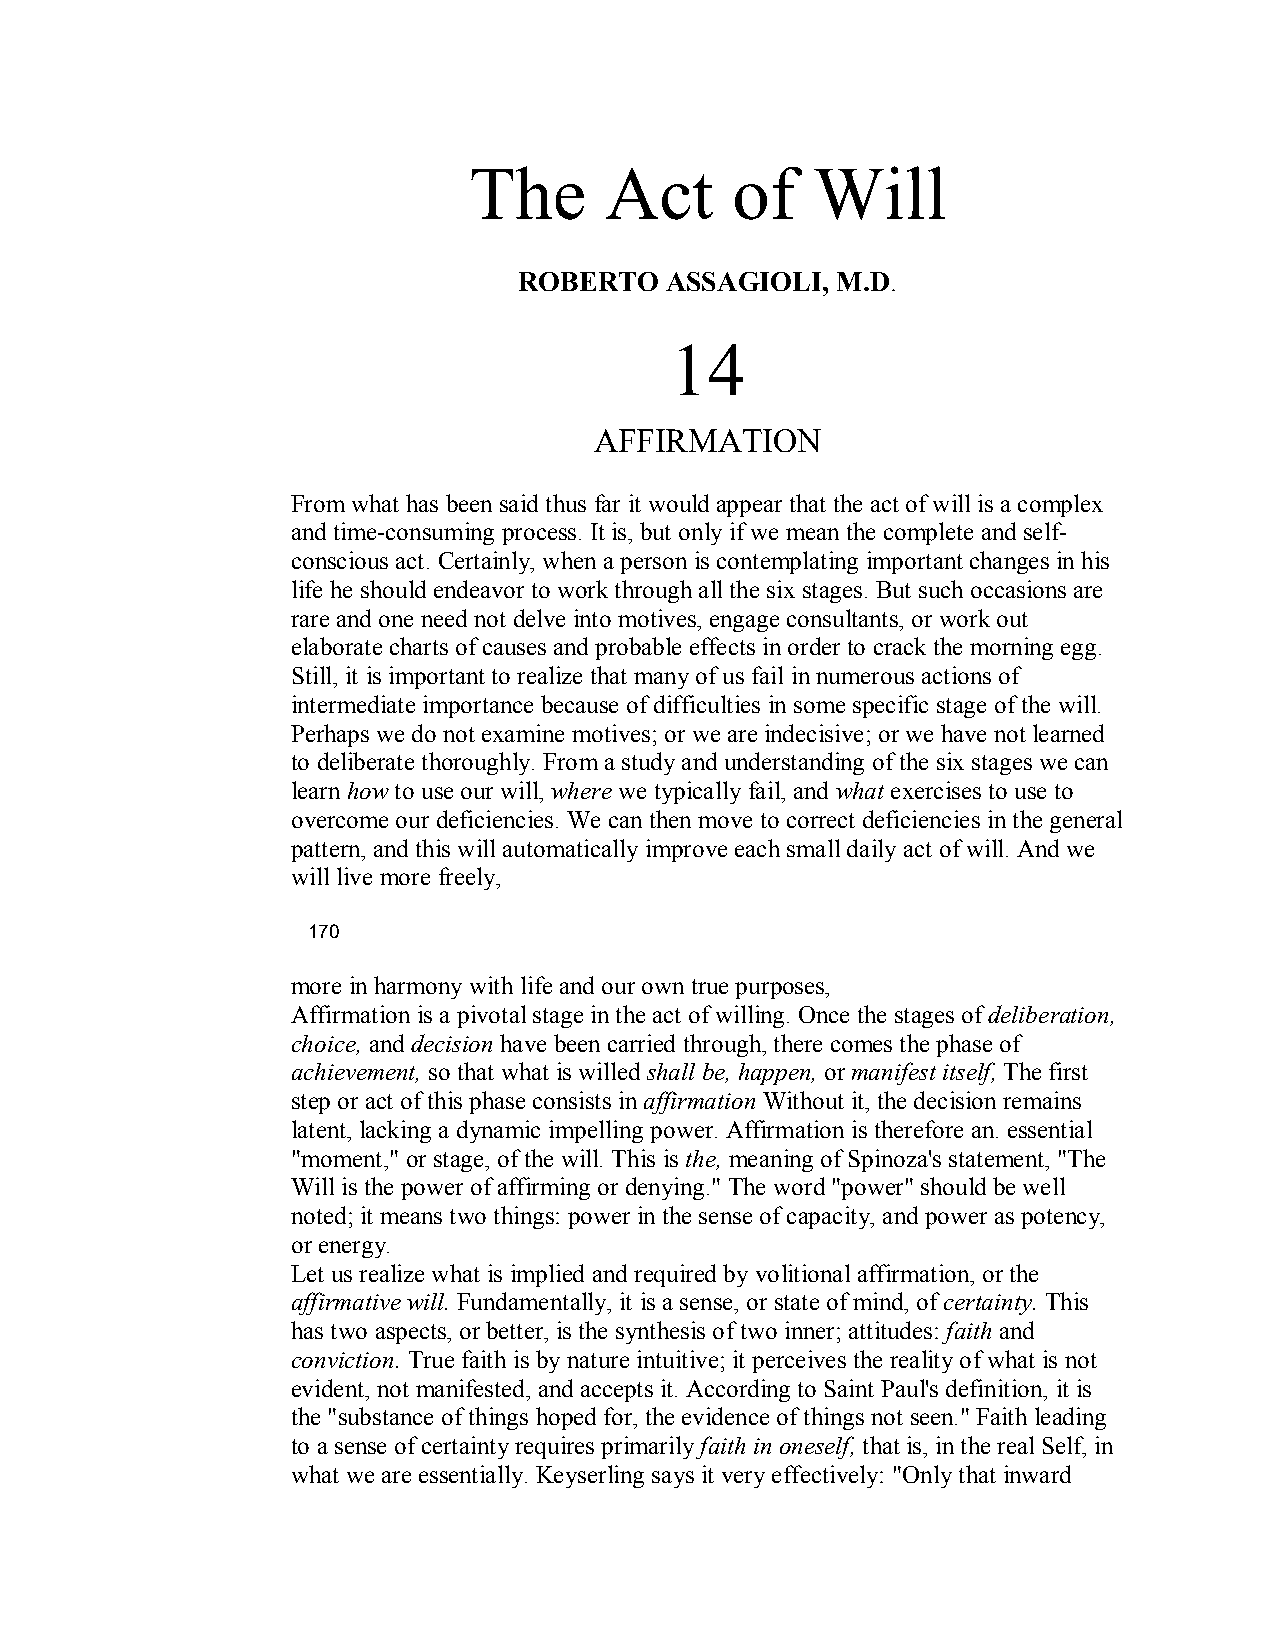
The      Act     of    Will
 ROBERTO   ASSAGIOLI, M.D.
 14
 AFFIRMATION
 From what has been said thus far it would appear that the act of will is a complex
 and time­consuming process. It is, but only if we mean the complete and self­
 conscious act. Certainly, when a person is contemplating important changes in his
 life he should endeavor to work through all the six stages. But such occasions are
 rare and one need not delve into motives, engage consultants, or work out
 elaborate charts of causes and probable effects in order to crack the morning egg.
 Still, it is important to realize that many of us fail in numerous actions of
 intermediate importance because of difficulties in some specific stage of the will.
 Perhaps we do not examine motives; or we are indecisive; or we have not learned
 to deliberate thoroughly. From a study and understanding of the six stages we can
 learnhowto use our will, where we typically fail, and what exercises to use to
 overcome our deficiencies. We can then move to correct deficiencies in the general
 pattern, and this will automatically improve each small daily act of will. And we
 will live more freely,
 170
 more in harmony with life and our own true purposes,
 Affirmation is a pivotal stage in the act of willing. Once the stages ofdeliberation,
 choice, and decision have been carried through, there comes the phase of
 achievement, so that what is willed shall be, happen,ormanifest itself, The first
 step or act of this phase consists inaffirmation Without it, the decision remains
 latent, lacking a dynamic impelling power. Affirmation is therefore an. essential
 "moment," or stage, of the will. This is the, meaning of Spinoza's statement, "The
 Will is the power of affirming or denying." The word "power" should be well
 noted; it means two things: power in the sense ofcapacity, and power as potency,
 or energy.
 Let us realize what is implied and required by volitional affirmation, or the
 affirmative will. Fundamentally, it is a sense, or state of mind, ofcertainty. This
 has two aspects, or better, is the synthesis of two inner; attitudes: faithand
 conviction. True faith is by nature intuitive; it perceives the reality of what is not
 evident, not manifested, and accepts it. According to Saint Paul's definition, it is
 the "substance of things hoped for, the evidence of things not seen." Faith leading
 to a sense of certainty requires primarilyfaith in oneself,that is, in the real Self, in
 what we are essentially. Keyserling says it very effectively: "Only that inward